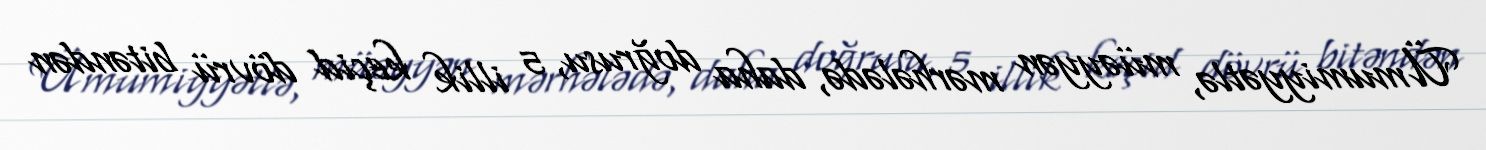
Ümumiyyətlə, müəyyən mərhələdə, daha doğrusu, 5 illik keçid dövrü bitəndən